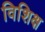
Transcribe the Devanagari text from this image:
विशिक्ष